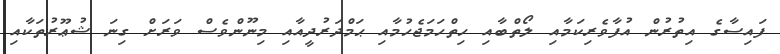
ފައިސާގެ އިތުރުން އުފާވެރިކަމާއި ލޯތްބާއި ހިތްހަމަޖެހުމާއި ޙަމްދަރުދީއާއި މިނޫންވެސް ވަރަށް ގިނަ ޝުޢޫރުތަކާއި